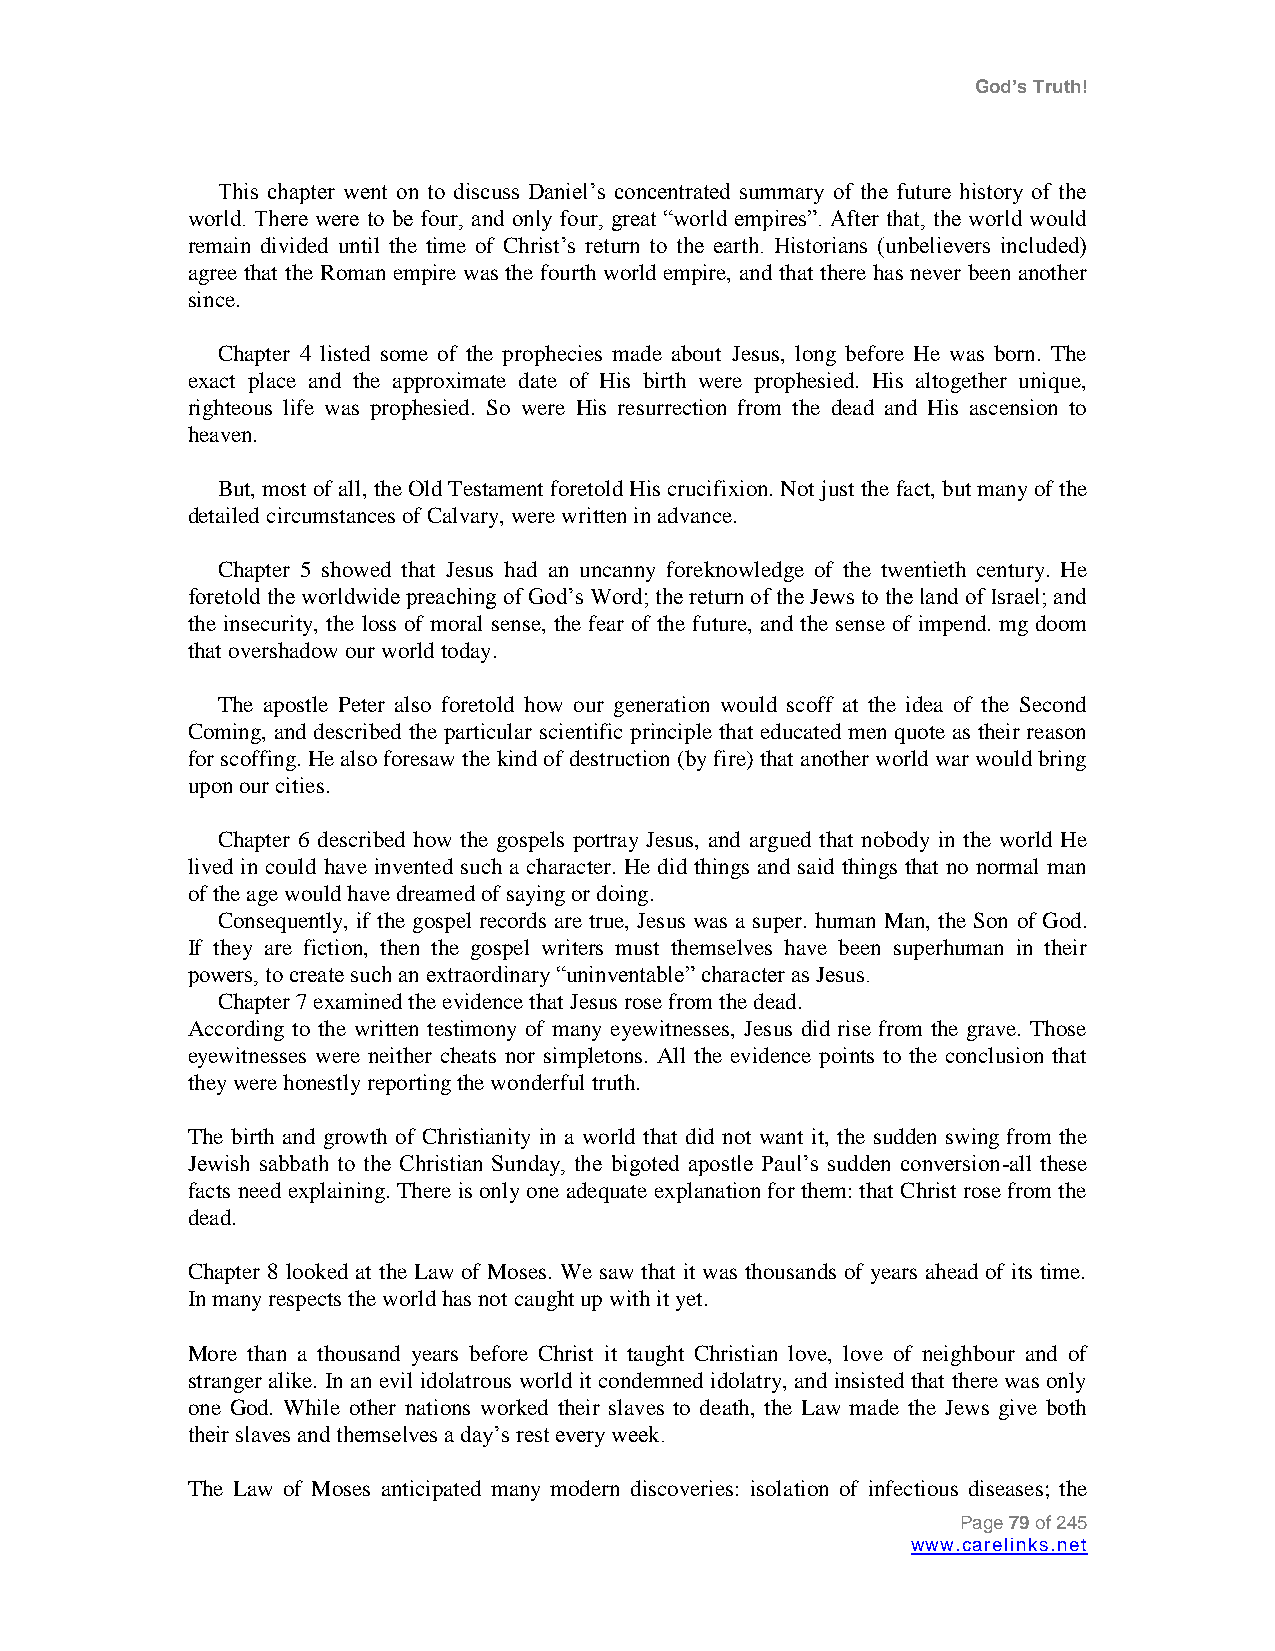
God’s Truth!
 This chapter went on to discuss Daniel‟s concentrated summary of the future history of the
 world. There were to be four, and only four, great “world empires”. After that, the world would
 remain divided until the time of Christ‟s return to the earth. Historians (unbelievers included)
 agree that the Roman empire was the fourth world empire, and that there has never been another
 since.
 Chapter 4 listed some of the prophecies made about Jesus, long before He was born. The
 exact place and the approximate date of His birth were prophesied. His altogether unique,
 righteous life was prophesied. So were His resurrection from the dead and His ascension to
 heaven.
 But, most of all, the Old Testament foretold His crucifixion. Not just the fact, but many of the
 detailed circumstances of Calvary, were written in advance.
 Chapter 5 showed that Jesus had an uncanny foreknowledge of the twentieth century. He
 foretold the worldwide preaching of God‟s Word; the return of the Jews to the land of Israel; and
 the insecurity, the loss of moral sense, the fear of the future, and the sense of impend. mg doom
 that overshadow our world today.
 The apostle Peter also foretold how our generation would scoff at the idea of the Second
 Coming, and described the particular scientific principle that educated men quote as their reason
 for scoffing. He also foresaw the kind of destruction (by fire) that another world war would bring
 upon our cities.
 Chapter 6 described how the gospels portray Jesus, and argued that nobody in the world He
 lived in could have invented such a character. He did things and said things that no normal man
 of the age would have dreamed of saying or doing.
 Consequently, if the gospel records are true, Jesus was a super. human Man, the Son of God.
 If they are fiction, then the gospel writers must themselves have been superhuman in their
 powers, to create such an extraordinary “uninventable” character as Jesus.
 Chapter 7 examined the evidence that Jesus rose from the dead.
 According to the written testimony of many eyewitnesses, Jesus did rise from the grave. Those
 eyewitnesses were neither cheats nor simpletons. All the evidence points to the conclusion that
 they were honestly reporting the wonderful truth.
 The birth and growth of Christianity in a world that did not want it, the sudden swing from the
 Jewish sabbath to the Christian Sunday, the bigoted apostle Paul‟s sudden conversion-all these
 facts need explaining. There is only one adequate explanation for them: that Christ rose from the
 dead.
 Chapter 8 looked at the Law of Moses. We saw that it was thousands of years ahead of its time.
 In many respects the world has not caught up with it yet.
 More than a thousand years before Christ it taught Christian love, love of neighbour and of
 stranger alike. In an evil idolatrous world it condemned idolatry, and insisted that there was only
 one God. While other nations worked their slaves to death, the Law made the Jews give both
 their slaves and themselves a day‟s rest every week.
 The Law of Moses anticipated many modern discoveries: isolation of infectious diseases; the
 Page 79 of 245
 www.carelinks.net